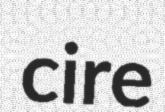
cire